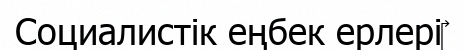
Социалистік еңбек ерлері‎